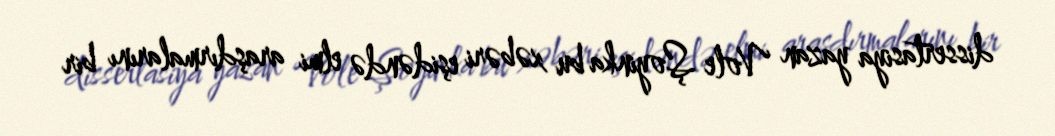
dissertasiya yazan Vole Şoyinka bu xəbəri eşidəndə elmi araşdırmalarını bir